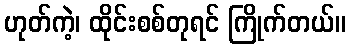
ဟုတ်ကဲ့၊ ထိုင်းစစ်တုရင် ကြိုက်တယ်။